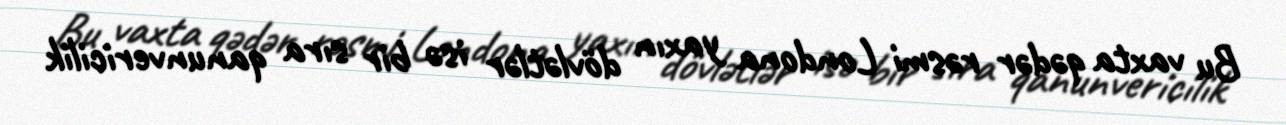
Bu vaxta qədər rəsmi Londona yaxın dövlətlər isə bir sıra qanunvericilik